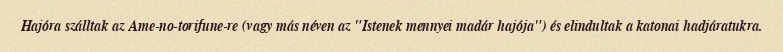
Hajóra szálltak az Ame-no-torifune-re (vagy más néven az "Istenek mennyei madár hajója") és elindultak a katonai hadjáratukra.